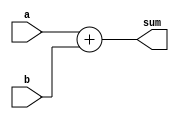
module continuous_assignment_example (
    input wire [3:0] a,      // 4-bit input signal a
    input wire [3:0] b,      // 4-bit input signal b
    output wire [4:0] sum    // 5-bit output signal for the sum
);

// Continuous assignment to calculate the sum of a and b
assign sum = a + b;        // sum will continuously reflect the result of a + b

endmodule